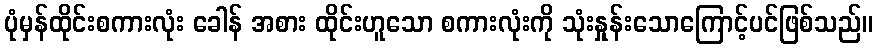
ပုံမှန်ထိုင်းစကားလုံး ခေါန် အစား ထိုင်းဟူသော စကားလုံးကို သုံးနှုန်းသောကြောင့်ပင်ဖြစ်သည်။